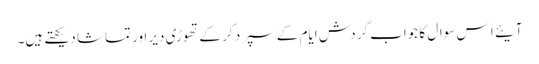
آیئے ا س سوال کا جواب گردش ایام کے سپرد کر کے تھوڑی دیر اور تماشا دیکھتے ہیں۔